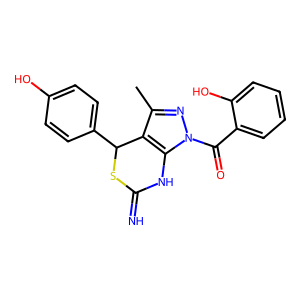
SMILES: Cc1nn(C(=O)c2ccccc2O)c2c1C(c1ccc(O)cc1)SC(=N)N2
Inhibits HIV replication: No